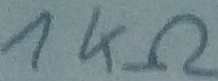
Text: 1KΩ